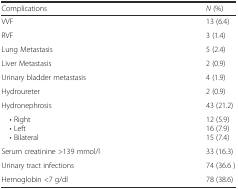
| Complications | N (%) |
 | --- | --- |
 | VVF | 13 (6.4) |
 | RVF | 3 (1.4) |
 | Lung Metastasis | 5 (2.4) |
 | Liver Metastasis | 2 (0.9) |
 | Urinary bladder metastasis | 4 (1.9) |
 | Hydroureter | 2 (0.9) |
 | Hydronephrosis | 43 (21.2) |
 | • Right • Left • Bilateral | 12 (5.9)16 (7.9)15 (7.4) |
 | Serum creatinine >139 mmol/l | 33 (16.3) |
 | Urinary tract infections | 74 (36.6 ) |
 | Hemoglobin <7 g/dl | 78 (38.6) |